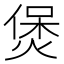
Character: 煲